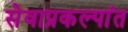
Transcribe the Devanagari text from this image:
सेवाप्रकल्पांत